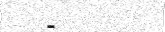
-